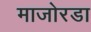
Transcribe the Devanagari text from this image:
माजोरडा